Lunatic asylums Central Provinces reports 1886-1894 - 1886-1894
Year: 1886
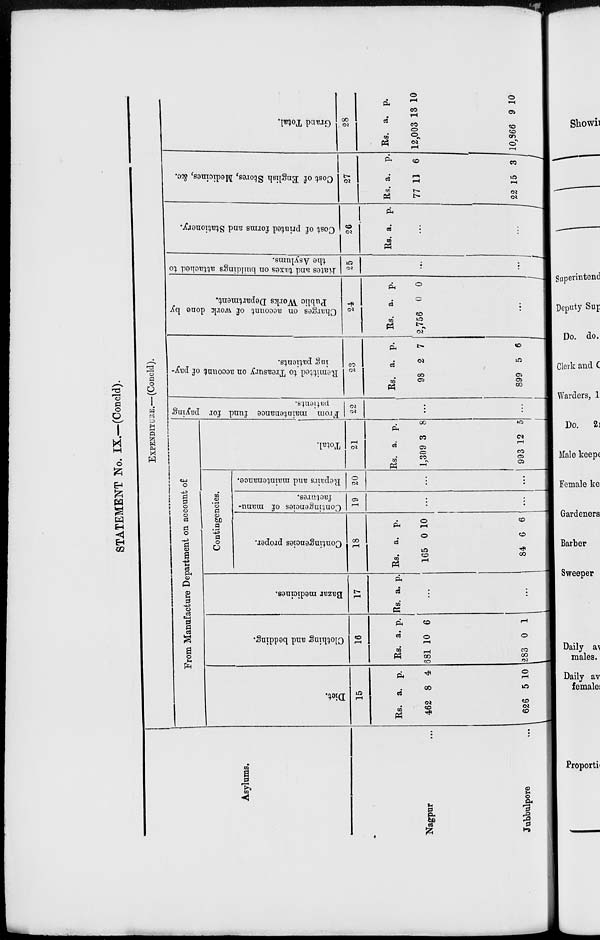
STATEMENT No. IX.—(Concld).
Asylums.
Nagpur ...
Jubbulpore ...
EXPENDITURE.—(Concld).
From Manufacture Department on account of
Diet.
15
Rs.
462
626
a.
8
5
p.
4
10
Clothing and bedding.
16
Rs.
681
283
a.
10
0
p.
6
1
Bazar medicines.
17
Rs. a. p.
...
...
Contingencies.
Contingencies proper.
18
Rs.
165
84
a.
0
6
p.
10
6
Contingencies of manu-
factures.
19
...
...
Repairs and maintenance.
20
...
...
Total.
21
Rs.
1,309
993
a.
3
12
p.
8
5
From maintenance fund for paying patients.
22
...
...
Remitted to Treasury on account of pay-
ing patients.
23
Rs.
98
899
a.
2
5
p.
7
6
Charges on account of work done by
Public Works Department.
24
Rs.
2,756
a.
0
p.
0
...
Rates
and taxes on buildings attached to
the Asylums.
25
...
...
Cost of printed forms and Stationery.
26
Rs. a.
p.
...
...
Cost of English Stores, Medicines, &c.
27
Rs.
77
22
a.
11
15
p.
6
3
Grand Total.
28
Rs.
12,003
10,866
a.
13
9
p.
10
10